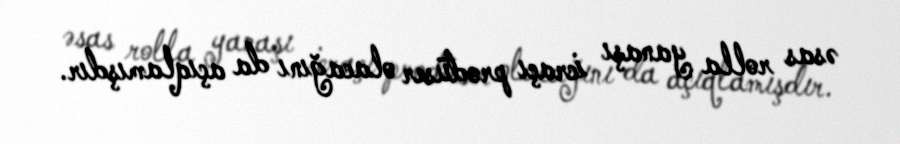
əsas rolla yanaşı icraçı prodüser olacağını da açıqlamışdır.